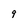
Character: 9